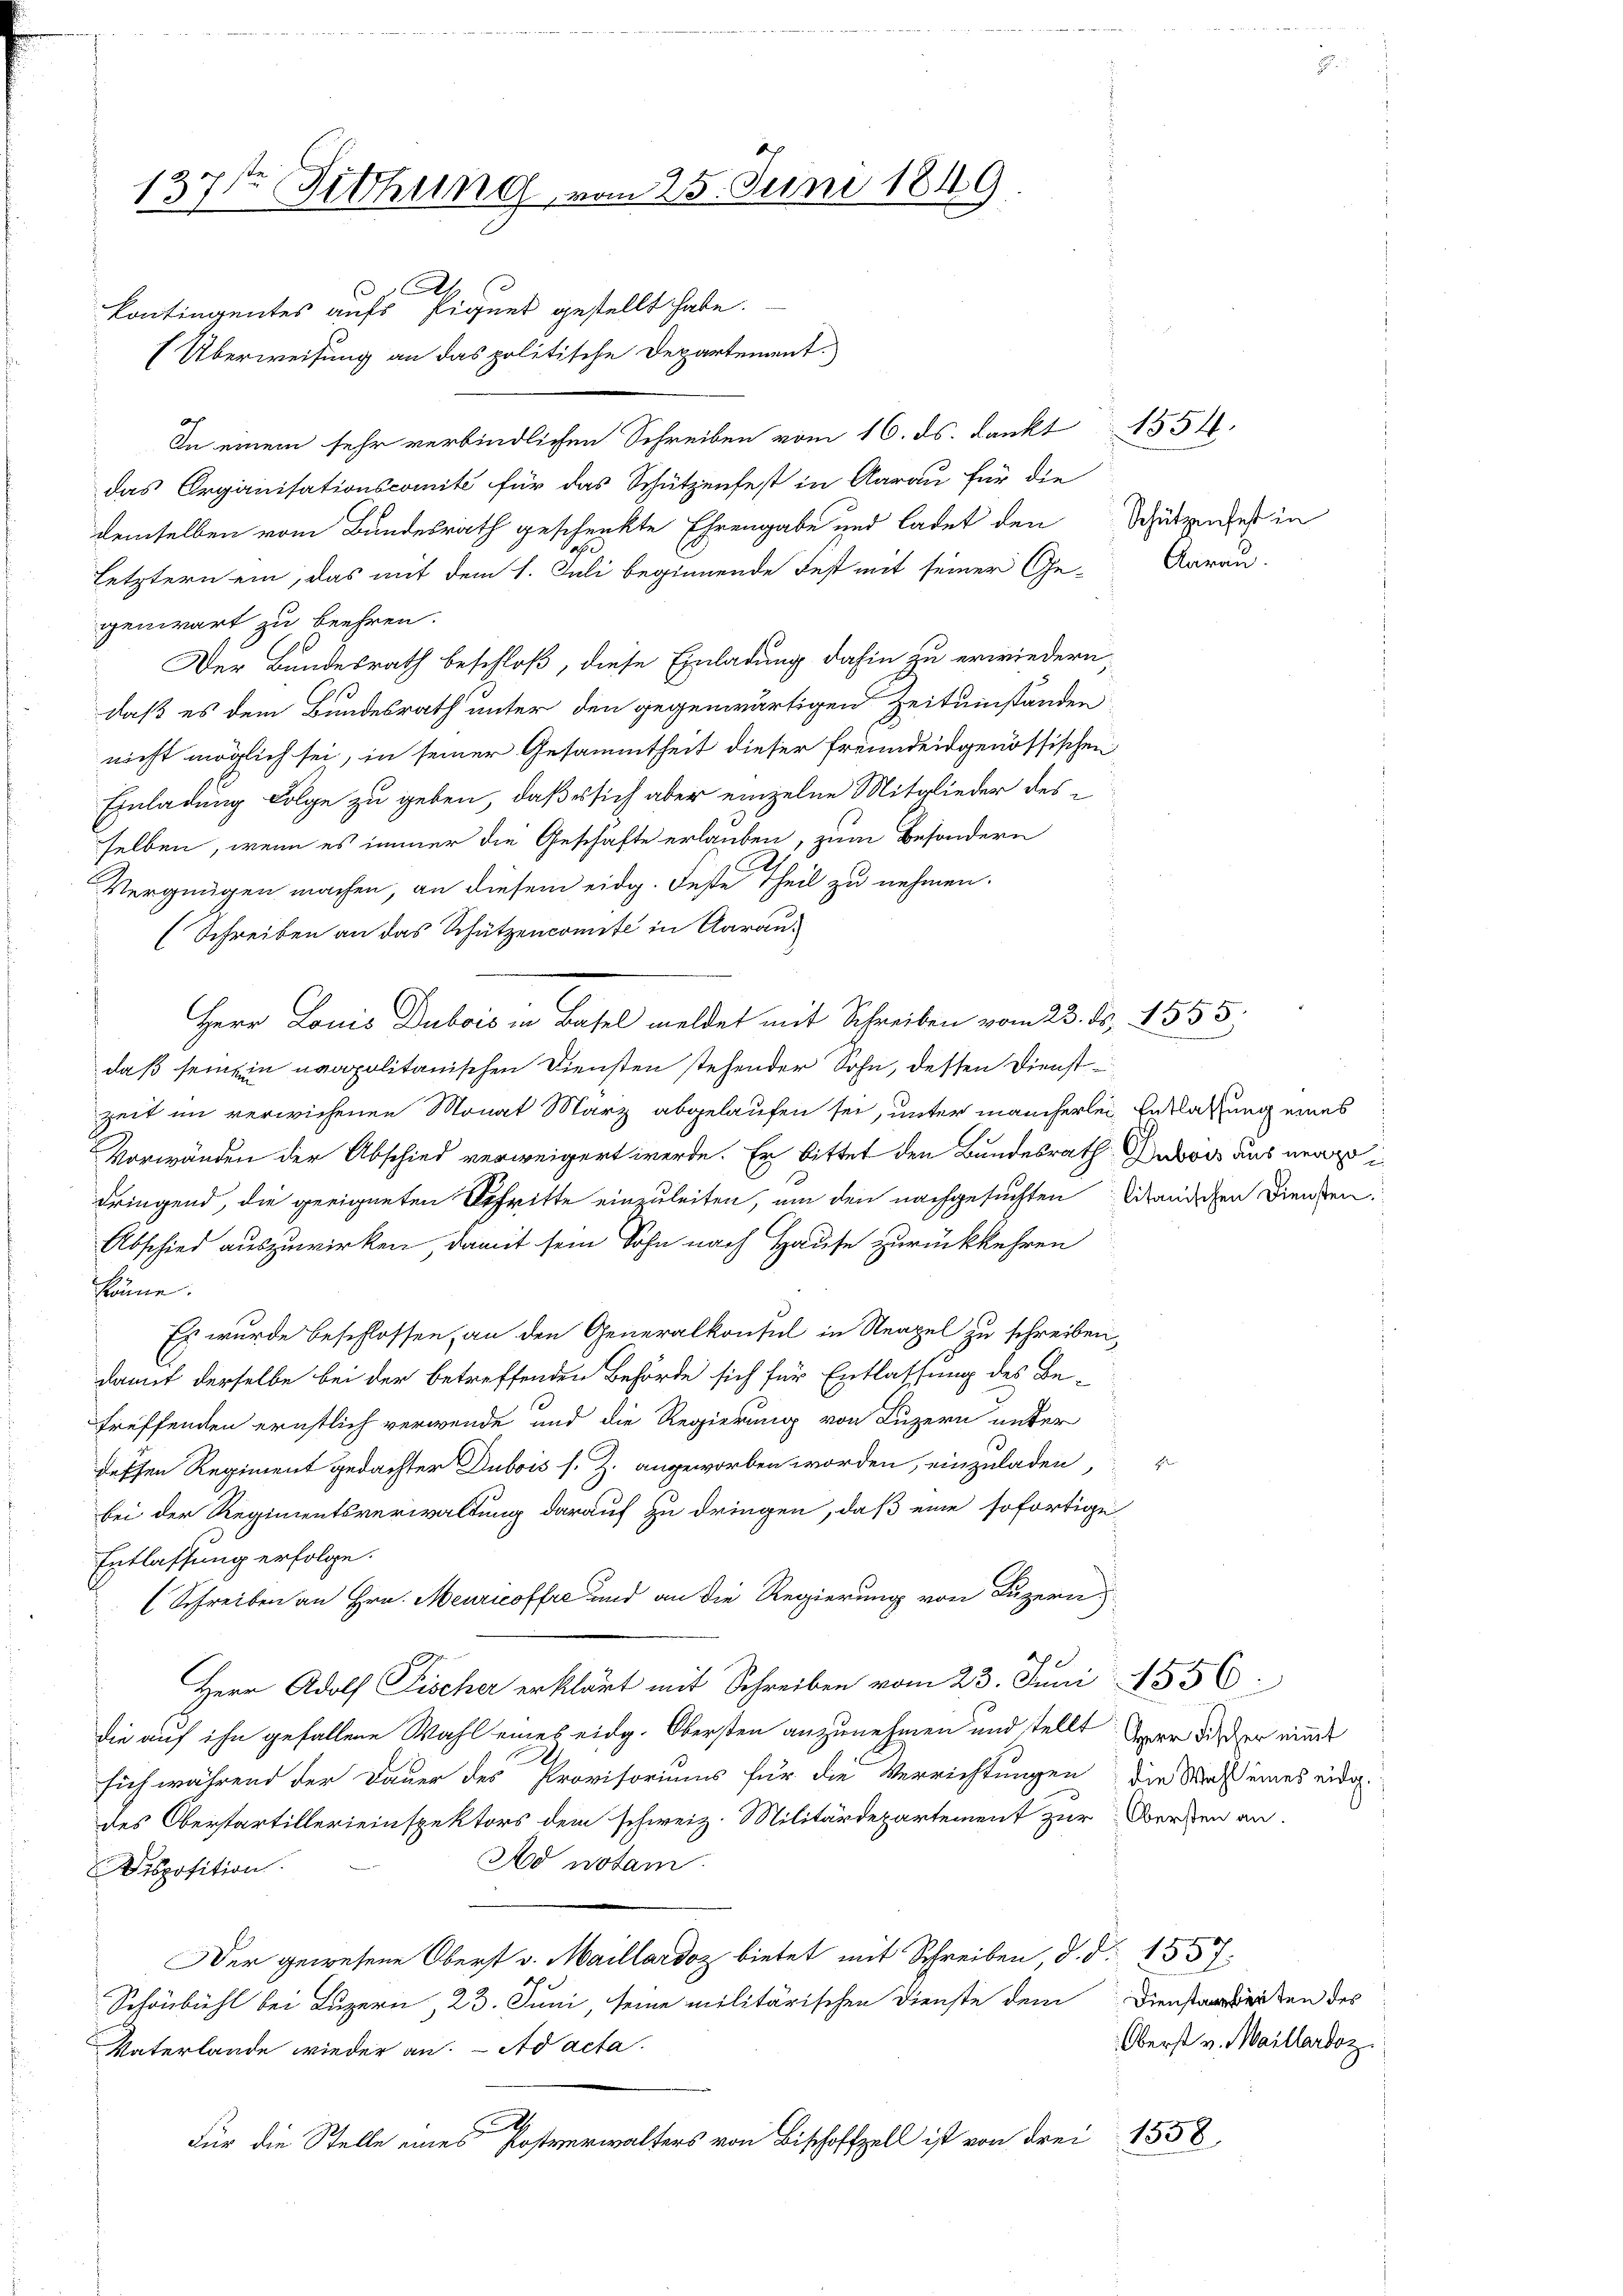
137ten Fittung vom 25. Juni 1849.

Ah
kontingentes aufs Piques gestellt habe.
(Überweisung an das politische Departement.
In einem sehr verbindlichen Schreiben vom 16. ds. dankt 1854.
das Organisationscomité für das Schützenfest in Aarau für die
demselben vom Bundesrath geschenkte Ehrengabe und ladet den Schutziges in
letztern ein, das mit dem 1. Juli beginnende Fest mit seiner Ge-Aarau
genwart zu beehren.
Der Bundesrath beschloß, diese Einladung dahin zu erwiedern,
daß es dem Bundesrath unter den gegenwärtigen Zeitumständen
nicht möglich sei, in seiner Gesammtheit dieser Freundeidgenössischen
Einladung Folge zu geben, daß es sich aber einzelne Mitglieder desselben, wenn es immer die Geschäfte erlauben, zum Besondern
Vergnügen machen, an diesem eidg. Dese Theil zu nehmen.
(Schreiben an das Schützencomite in Aarau¬
Herr Louis Dubois in Basel meldet mit Schreiben vom 23. ds. 4 555.
daß seinein neapolitanischen Diensten stehender Sohn, dessen Dienstzeit im verwichenen Monat März abgelaufen sei, unter mancherlei Entlassung eines
Vorwänden der Abschied verweigert werde. Er bittet den Bundesrath Dubois aus mari
dringend, die geeigneten Schritte einzuleiten, um den nachgesuchten Wandschen Diensten
Abschied auszuwirken, damit sein Sohn nach Hause zurückkehren
könne.
Es wurde beschlossen, an den Generalkonsul in Neapel zu schreiben,
damit derselbe bei der betreffenden Behörde sich für Entlassung des Be-
treffenden ernstlich verwende und die Regierung von Luzern unter
dessen Regiment gedachter Dubois s. Z. angeworben worden, einzuladen,
bei der Regimentsverwaltung darauf zu dringen, daß eine sofortige
Entlassung erfolge.
Schreiben an Hrn. Meuricoffre und an die Regierung von Luzern
Herr Adolf Fischer erklärt mit Schreiben vom 23. Juni 1856
die auf ihn gefallene Wahl eines eidg. Obersten anzunehmen und stellt
sich während der Dauer des Provisoriums für die Verrichtungen die Maß eines eidg.
des Oberstartillerieinspektors dem schweiz. Militärdepartement zur Versten an.
No notam
Disposition.
Der gewesene Oberst v. Maillardoz bietet mit Schreiben, d. d. 1557.
Schönbühl bei Luzern, 23. Juni, seine militärischen Dienste dem Dienstarbeiten des
Vaterlande wieder an. Ad acta
Für die Stelle eines Postverwalters von Bischofzell ist von drei 1558

Herr Fischer nimmt

Oberst v. Maillardoz.